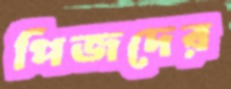
পিজদের